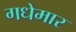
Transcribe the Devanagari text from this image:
गधेमार